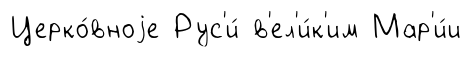
Церко́вноjе Рус'и́ в'ел'и́к'им Мар'и́и